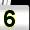
Digit: 5